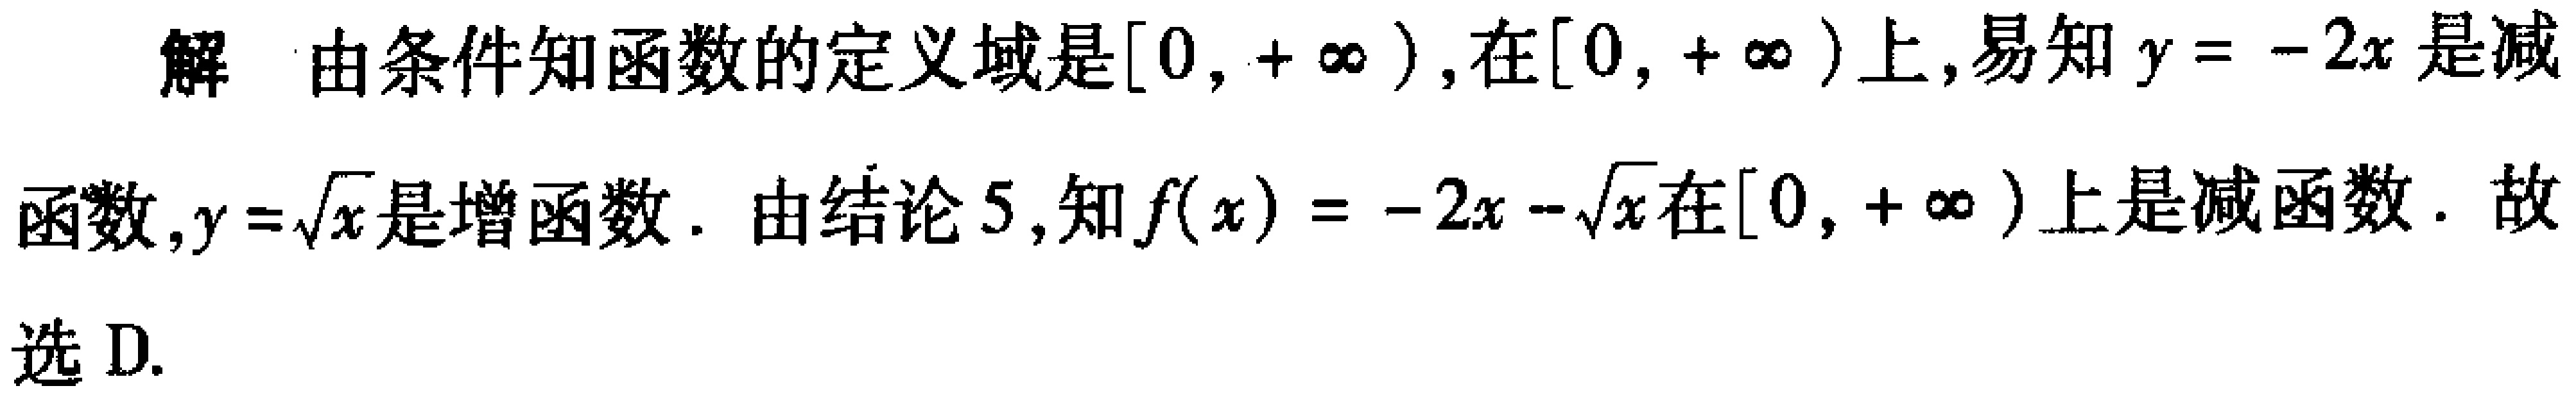
解 由条件知函数的定义域是\([0,+\infty)\)，在\([0,+\infty)\)上，易知\(y = - 2x\)是减函数，\(y=\sqrt{x}\)是增函数. 由结论\(5\)，知\(f(x)=-2x - \sqrt{x}\)在\([0,+\infty)\)上是减函数. 故选D.